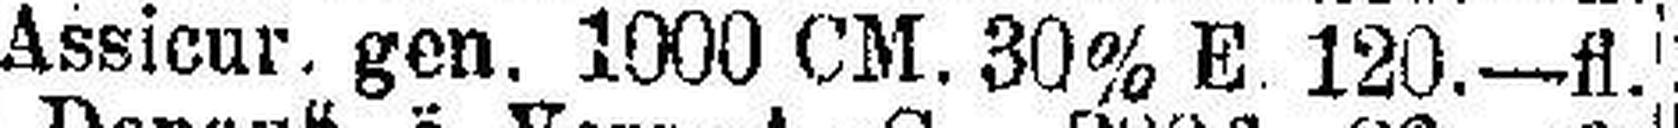
Assicur. gen. 1000 CM. 30% E. 120.—fl.